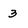
Character: 3